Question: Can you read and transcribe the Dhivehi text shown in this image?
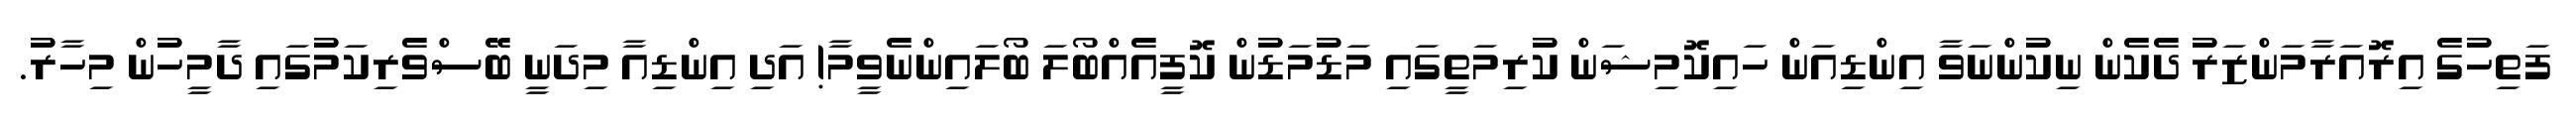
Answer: ފަތިހުގެ އިރޮއަރާމަންޒަރު ދެކެން ނިކުންނަވާ އިންޑިއަން ހައިކޮމިޝަން ކުރިމަތީގައި މަޑުމަޑުން ކޮފީއެއްބޯލަ ބޯލައިންނެވީމާ! އަދި އިންޑިއާ މިދަނީ ބޭސްވެރިކަމުގައި ދާމީހުން މިހާރު.